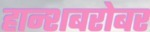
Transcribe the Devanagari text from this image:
हान्शबरोबर